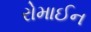
રોમાઈન